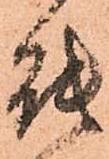
能